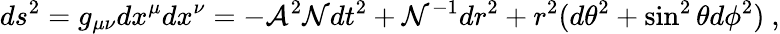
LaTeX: ds^{2}=g_{\mu\nu}dx^{\mu}dx^{\nu}=-{\cal A}^{2}{\cal N}dt^{2}+{\cal N}^{-1}dr^{2}+r^{2}(d\theta^{2}+\sin^{2}\theta d\phi^{2})\ ,